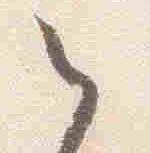
之